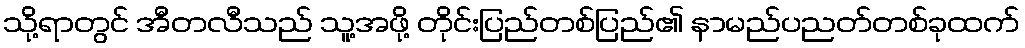
သို့ရာတွင် အီတလီသည် သူ့အဖို့ တိုင်းပြည်တစ်ပြည်၏ နာမည်ပညတ်တစ်ခုထက်